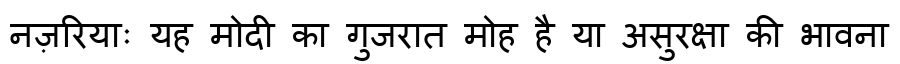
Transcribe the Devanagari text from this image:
नज़रियाः यह मोदी का गुजरात मोह है या असुरक्षा की भावना